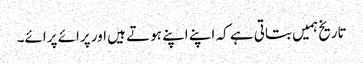
تاریخ ہمیں بتاتی ہے کہ اپنے اپنے ہوتے ہیں اور پرائے پرائے۔